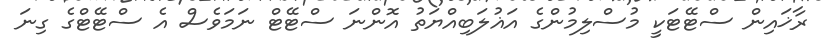
ރާޚައިން ސްޓޭޓަކީ މުސްލިމުންގެ އަޣުލަބިއްޔަތު އޮންނަ ސްޓޭޓް ނަމަވެސް އެ ސްޓޭޓްގެ ގިނަ